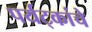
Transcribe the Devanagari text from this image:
पर्यट्कांचे